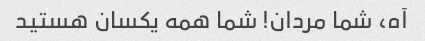
آه، شما مردان! شما همه یکسان هستید